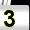
Digit: 3